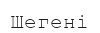
Шегені